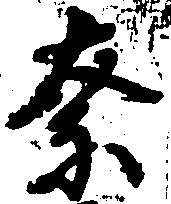
奈